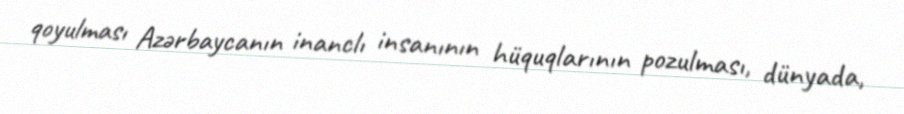
qoyulması Azərbaycanın inanclı insanının hüquqlarının pozulması, dünyada,